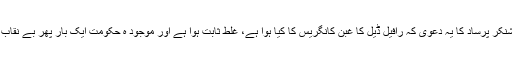
لہذا ، روی شنکر پرساد کا یہ دعویٰ کہ رافیل ڈیل کا غبن کانگریس کا کیا ہوا ہے، غلط ثابت ہوا ہے اور موجود ہ حکومت ایک بار پھر بے نقاب ہو گئی ہے۔